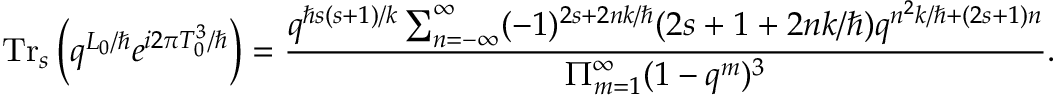
\mathrm { T r } _ { s } \left( q ^ { L _ { 0 } / \hbar } e ^ { i 2 \pi T _ { 0 } ^ { 3 } / \hbar } \right) = \frac { q ^ { \hbar s ( s + 1 ) / k } \sum _ { n = - \infty } ^ { \infty } ( - 1 ) ^ { 2 s + 2 n k / \hbar } ( 2 s + 1 + 2 n k / \hbar ) q ^ { { n ^ { 2 } k / \hbar } + ( 2 s + 1 ) n } } { \Pi _ { m = 1 } ^ { \infty } ( 1 - q ^ { m } ) ^ { 3 } } .